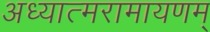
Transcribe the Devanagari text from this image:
अध्यात्मरामायणम्